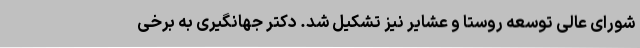
شورای عالی توسعه روستا و عشایر نیز تشکیل شد. دکتر جهانگیری به برخی